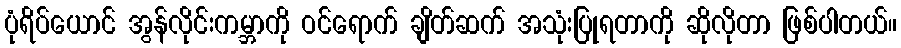
ပုံရိပ်ယောင် အွန်လိုင်းကမ္ဘာကို ဝင်ရောက် ချိတ်ဆက် အသုံးပြုရတာကို ဆိုလိုတာ ဖြစ်ပါတယ်။